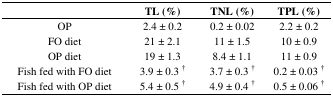
<table><thead><tr><td></td><td><b>TL (%)</b></td><td><b>TNL (%)</b></td><td><b>TPL (%)</b></td></tr></thead><tbody><tr><td>OP</td><td>2.4 ± 0.2</td><td>0.2 ± 0.02</td><td>2.2 ± 0.2</td></tr><tr><td>FO diet</td><td>21 ± 2.1</td><td>11 ± 1.5</td><td>10 ± 0.9</td></tr><tr><td>OP diet</td><td>19 ± 1.3</td><td>8.4 ± 1.1</td><td>11 ± 0.9</td></tr><tr><td>Fish fed with FO diet</td><td>3.9 ± 0.3 <sup>†</sup></td><td>3.7 ± 0.3 <sup>†</sup></td><td>0.2 ± 0.03 <sup>†</sup></td></tr><tr><td>Fish fed with OP diet</td><td>5.4 ± 0.5 <sup>†</sup></td><td>4.9 ± 0.4 <sup>†</sup></td><td>0.5 ± 0.06 <sup>†</sup></td></tr></tbody></table>